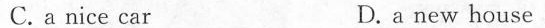
C. a nice car D.a new house